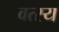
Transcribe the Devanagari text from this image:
वत्स्य